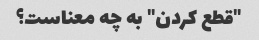
"قطع کردن" به چه معناست؟